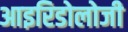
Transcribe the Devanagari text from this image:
आइरिडोलोजी